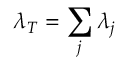
\lambda _ { T } = \sum _ { j } \lambda _ { j }